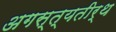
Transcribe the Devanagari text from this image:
अगस्त्यतीर्थ